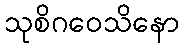
သုစိဂဝေသိနော